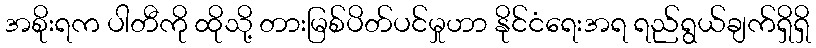
အစိုးရက ပါတီကို ထိုသို့ တားမြစ်ပိတ်ပင်မှုဟာ နိုင်ငံရေးအရ ရည်ရွယ်ချက်ရှိရှိ